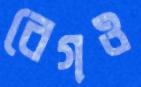
বেগও